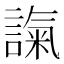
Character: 𧪢